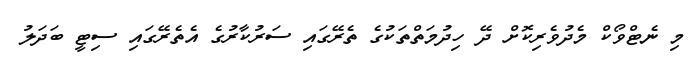
މި ނެޓްވޯކް މެދުވެރިކޮށް ދޭ ހިދުމަތްތަކުގެ ތެރޭގައި ސަރުކާރުގެ އެތެރޭގައި ސިޓީ ބަދަލު